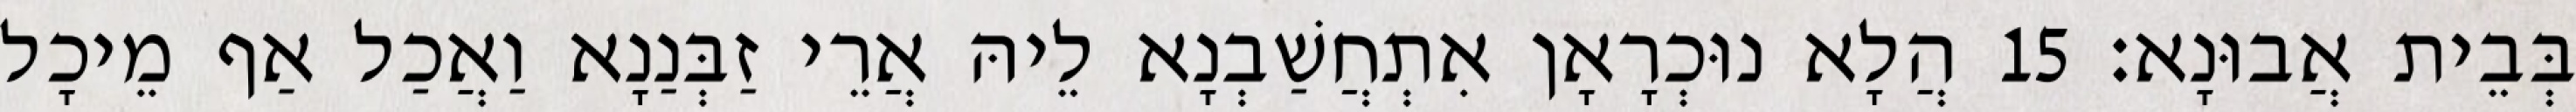
בְּבֵית אֲבוּנָא׃ 15 הֲלָא נוּכְרָאָן אִתְחֲשַׁבְנָא לֵיהּ אֲרֵי זַבְּנַנָא וַאֲכַל אַף מֵיכָל